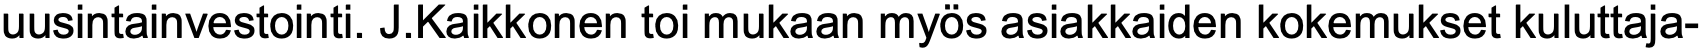
uusintainvestointi. J.Kaikkonen toi mukaan myös asiakkaiden kokemukset kuluttaja-